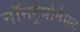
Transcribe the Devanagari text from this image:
नॉनट्रेपोनेमल